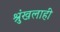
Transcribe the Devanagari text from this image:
श्रुंखलाही